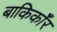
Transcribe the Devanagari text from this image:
बाकिर्कॉर